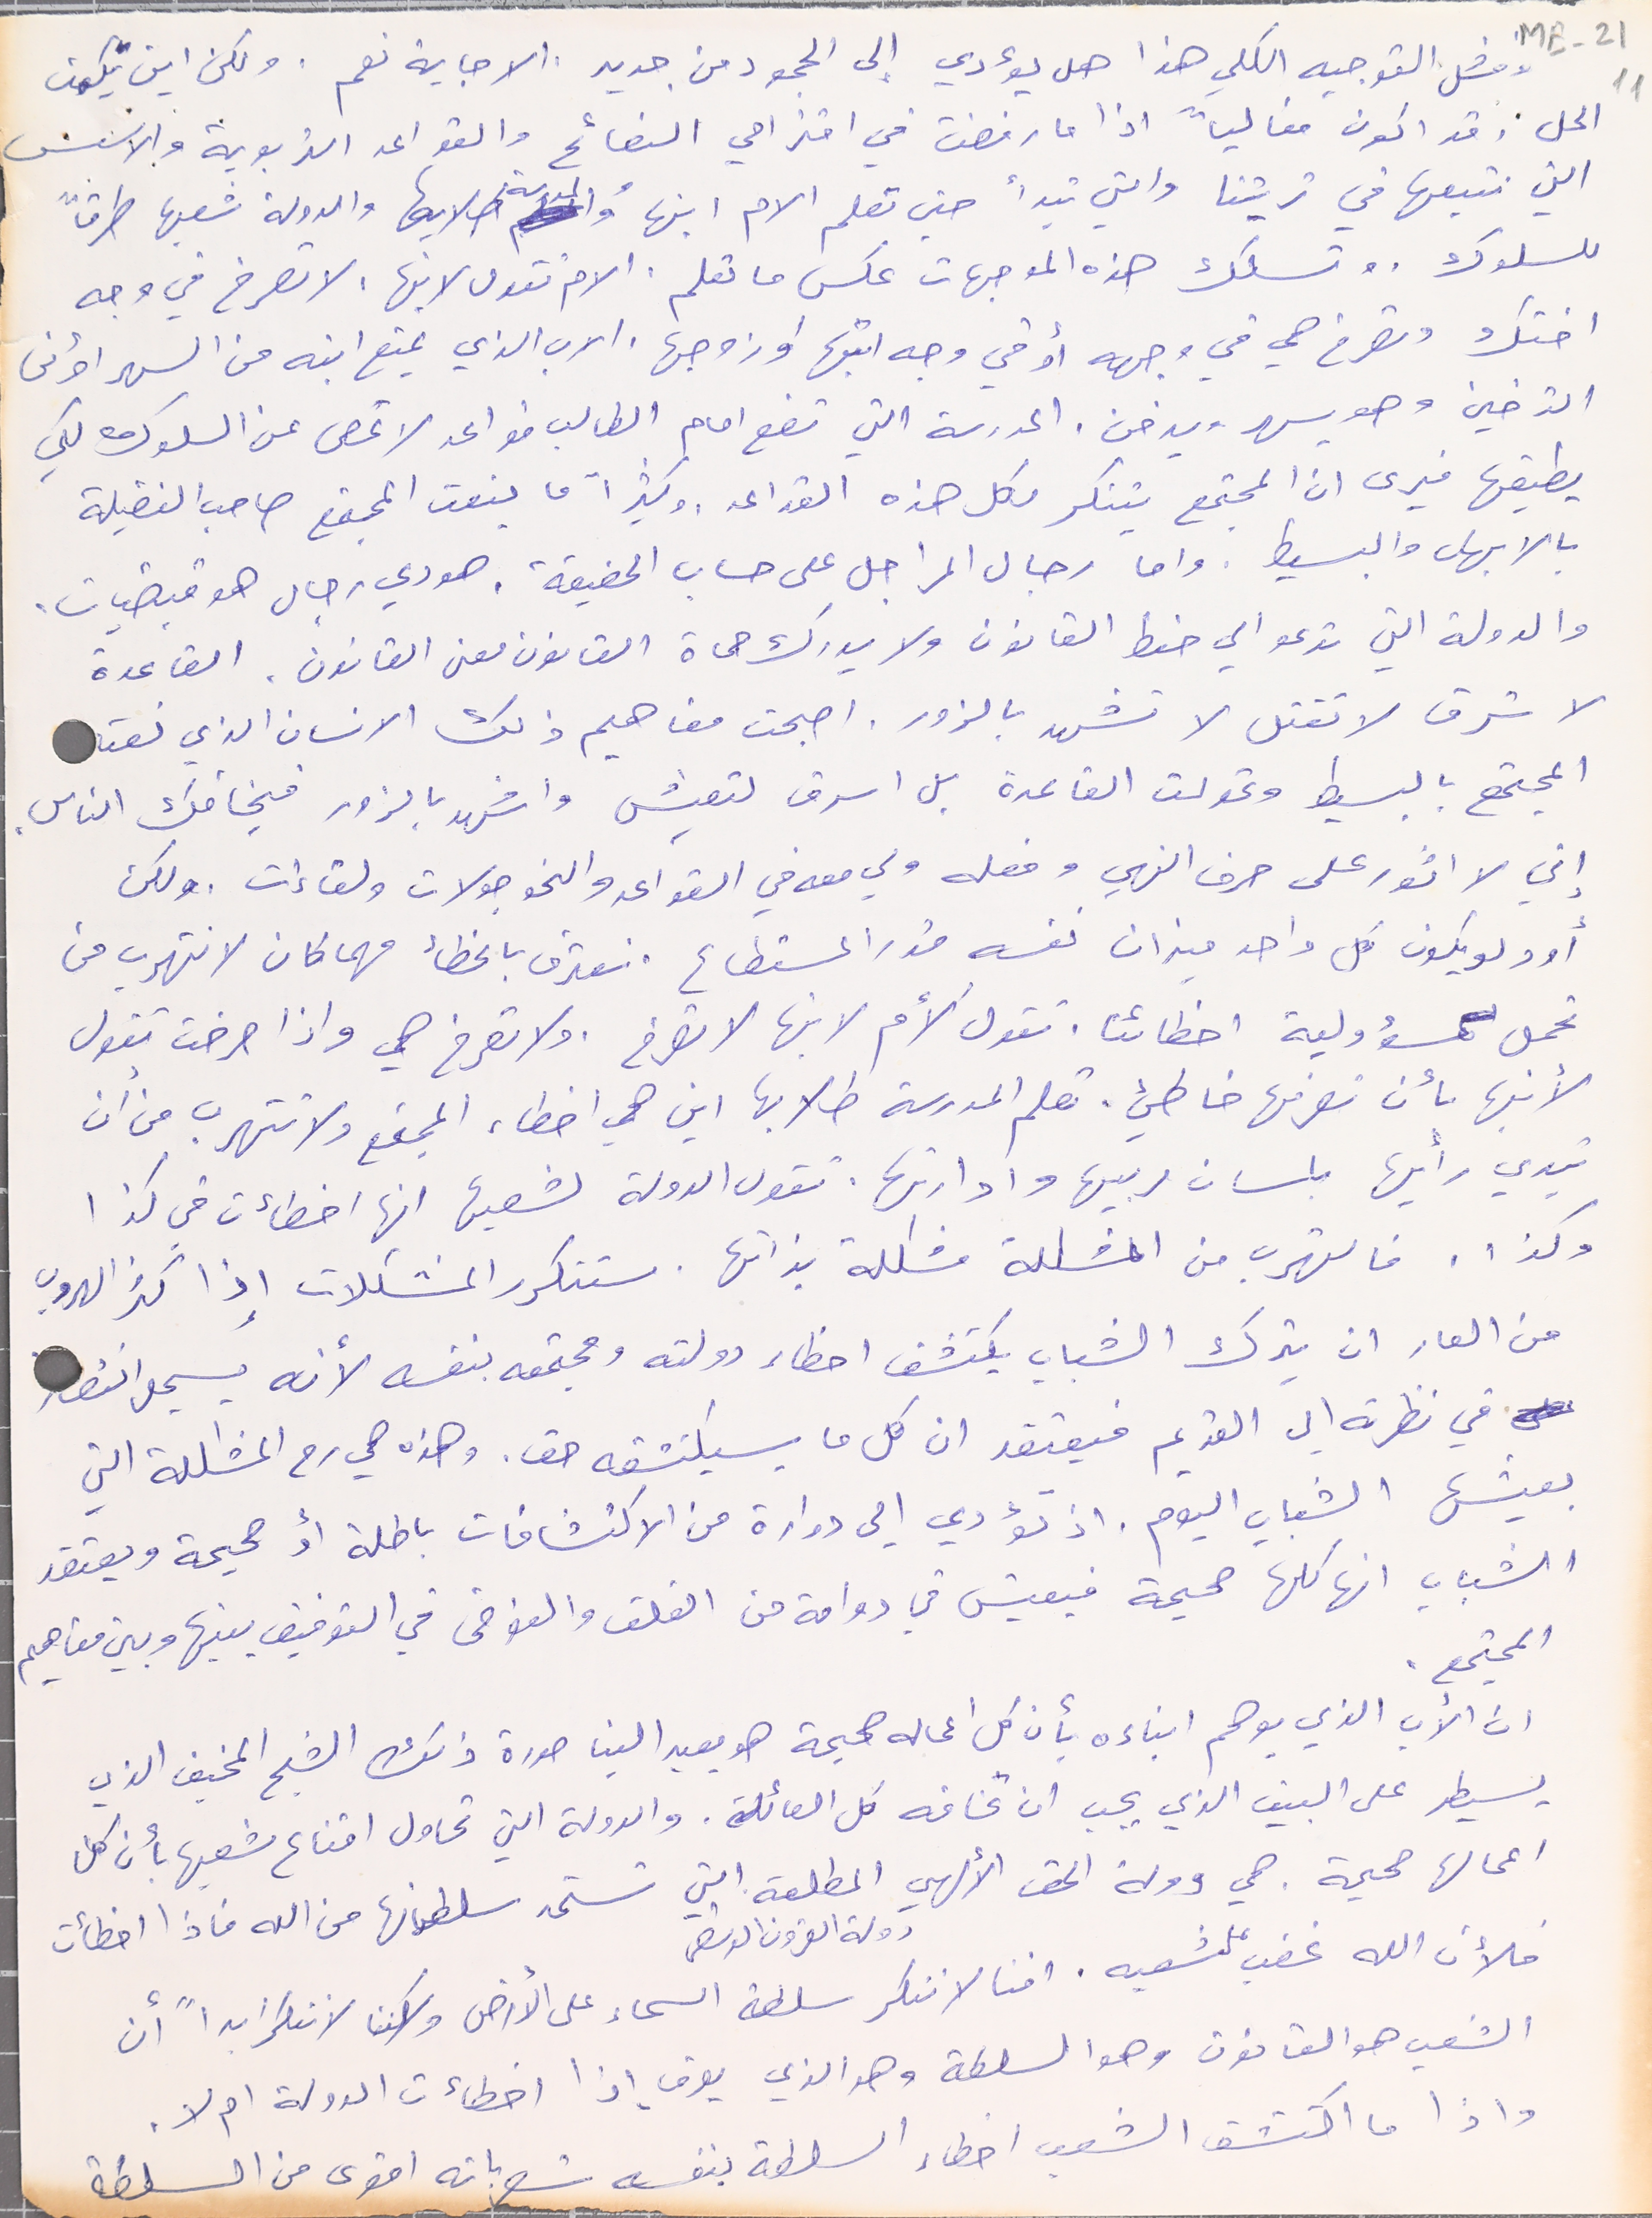
وفشل التوجيه الكلي هذا هل يؤدي إلى الجمود من جديد. الاجابة نعم. ولكن اين يكمن
 الحل. وقد اكون مغالياً اذا ما رفضت في اقتراحي النصائح والقواعد التربوية والاسس
التي نتبعها في تربيتنا والتي تبدأ حين تعلم الام ابنها والمدرسة طلابها والدولة شعبها طرقاً
للسلوك. وتسلك هذه الموجهات عكس ما تعلم. الام تقول لابنها، لاتصرخ في وجه
 اختك وتصرخ هي في وجهه أو في وجه ابنها او زوجها، الاب الذي يمنع ابنه من السهر أو من
التدخين وهو يسهر ويدخن. المدرسة التي تضع امام الطالب قواعد لا تحصى عن السلوك لكي
يطبقها فيرى ان المجتمع يتنكر لكل هذه القواعد. وكثيراً ما ينعت المجتمع صاحب الفضيلة
بالابهل والبسيط. واما رجال المراجل على حساب الحقيقة، هودي رجال هودي قبضيات.
والدولة التي تدعو الي حفط القانون ولا يدرك حماة القانون معنى القانون، القاعدة
 لا تسرق لا تقتل لا تشهد بالزور. اصبحت مفاهيم ذلك الانسان الذي نعته
المجتمع بالبسيط وتحولت القاعدة بل اسرق لتعيش واشهد بالزور فيخافك الناس.
إني لا اثور على حرف النهي وفعله ولي معه في القواعد والنحو جولات ولقاءات. ولكن
أود لو يكون كل واحد ميزان نفسه قدر المستطاع. نعترف بالخطأ مهما كان لا نتهرب من
تحمل مسؤولية اخطائنا. تقول الأم لابنها لا تصرخ، ولا تصرخ هي واذا صرخت تقول
لأبنها بأن تصرفها خاطيئ. تعلم المدرسة طلابها اين هي اخطاء المجتمع ولا تتهرب من ان
تبدي رأيها بلسان مربيها وادارتها. تقول الدولة لشعبها انها اخطأت في كذا
وكذا، فالتهرب من المشكلة مشكلة بذاتها. ستتكرر المشكلات إذا كثر الهروب
من العار ان يترك الشباب يكتشف اخطاء دولته ومجتمعه بنفسه لأنه يسجل انتصار
 في نظرته الى القديم فيعتقد ان كل ما سيكتشفه حق. وهذه هي رم المشكلة التي
يعيشها الشباب اليوم. اذ تؤدي الي دوارة من الاكتشافات باطلة أو صحيحة ويعتقد
الشباب انها كلها صحيحة فيعيش في دوامة من القلق والفوضى في التوفيق بينها وبين مفاهيم
المجتمع.
ان الأب الذي يوهم ابناءه بأن كل اعماله صحيحة هو يعيد الينا صورة ذلك الشبح المخيف الذي
يسيطر على البيت الذي يجب ان تخافه كل العائلة. والدولة التي تحاول اقناع شعبها بأن كل
 اعمالها صحيحة. هي دولة الحق الألهي المطلقه التي تستمد سلطانها من الله فاذا اخطأت
دولة القرون الوسطى
فلأن الله غضب على شعبه. اننا لا ننكر سلطة السماء على الأرض ولكننا لا ننكر ابداً أن
الشعب هو القانون وهو السلطة وهو الذي يعرف إذا اخطاءت الدولة ام لا.
واذا ما اكتشف الشعب اخطاء السلطة بنفسه يشعر بانه اقوى من السلطة
ME-21 11